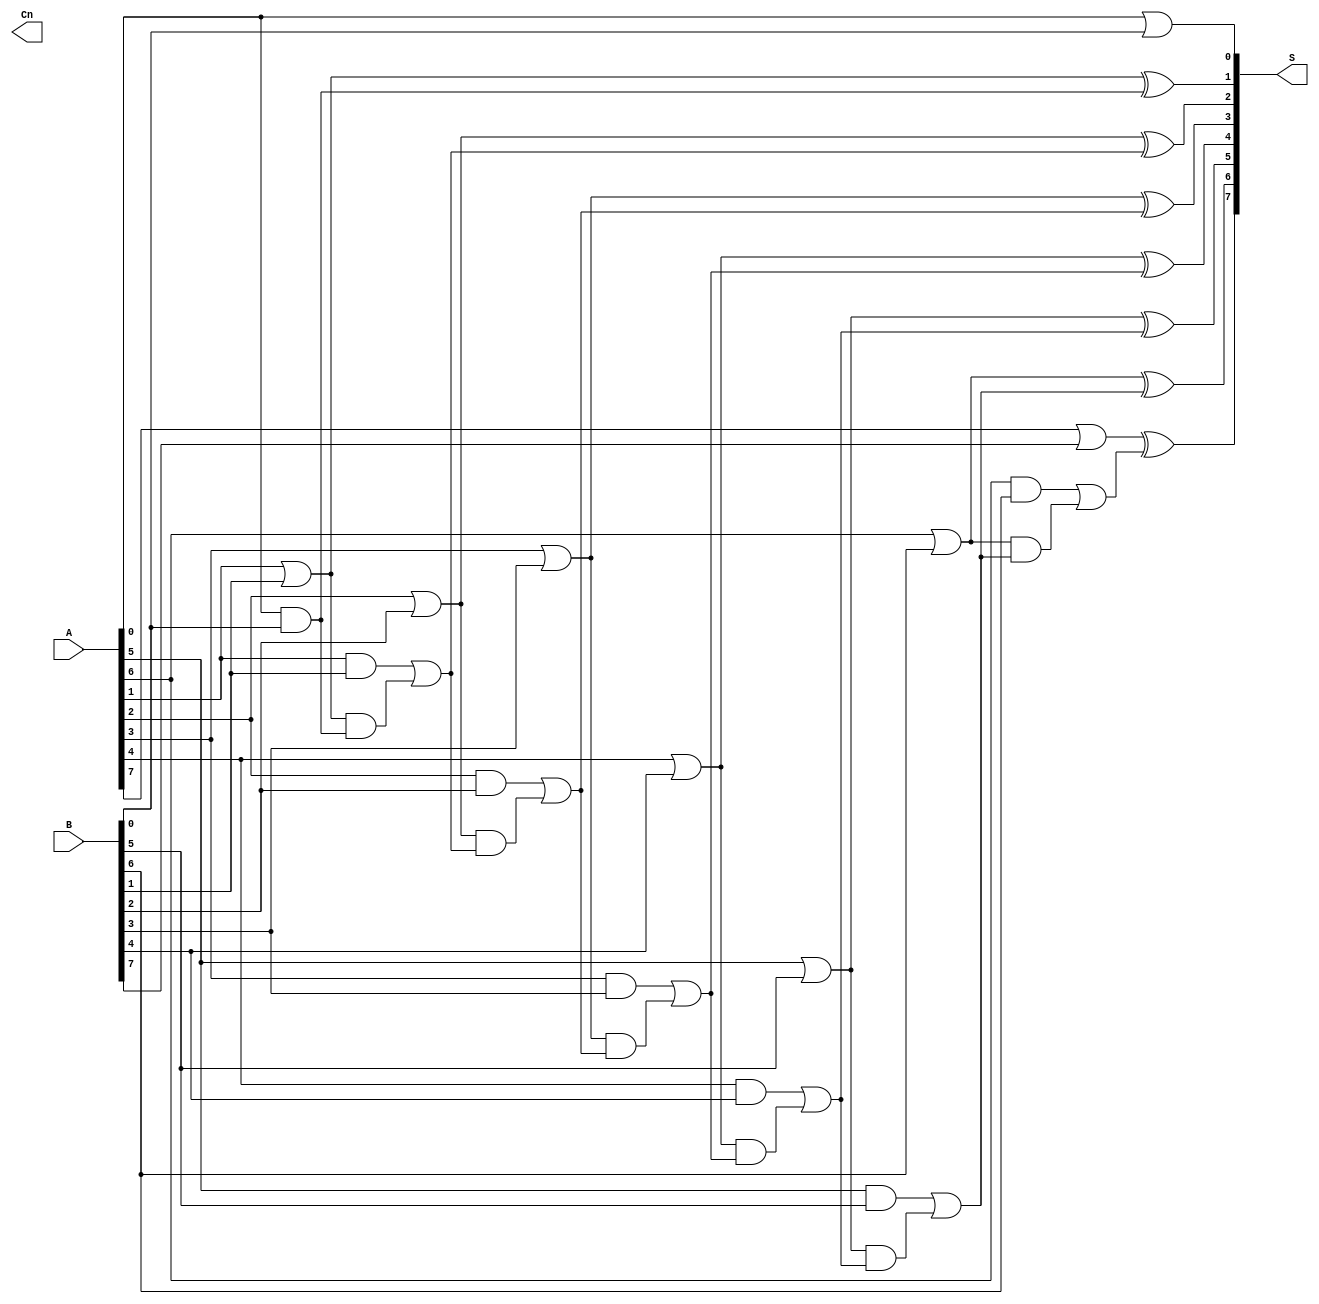
module kogge_stone_adder #(parameter N = 8) (
    input  [N-1:0] A,
    input  [N-1:0] B,
    output [N-1:0] S,
    output         Cn
);

// Generate and Propagate signals
wire [N-1:0] G;
wire [N-1:0] P;
wire [N:0] C; // Carry signals

// Generating G and P
genvar i;
generate
    for (i = 0; i < N; i = i + 1) begin : gen_prop
        assign G[i] = A[i] & B[i]; // Generate
        assign P[i] = A[i] | B[i]; // Propagate
    end
endgenerate

// Carry initialization
assign C[0] = 1'b0; // C0 = 0

// Prefix computation
generate
    for (i = 1; i < N; i = i + 1) begin : prefix
        assign C[i] = G[i-1] | (P[i-1] & C[i-1]);
    end
endgenerate

// Compute the sum S
generate
    for (i = 0; i < N; i = i + 1) begin : sum
        assign S[i] = P[i] ^ C[i]; // S_i = P_i + C_{i-1}
    end
endgenerate

// Carry-out
assign Cn = C[N]; // Final carry out

endmodule